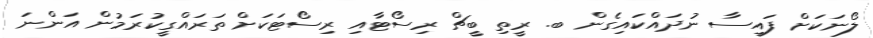
ލޯނަކަށް ފައިސާ ނުދައްކައިގެން ބ. ރީތި ބީޗް ރިސޯޓާއި ރިސޯޓަކަށް ތަރައްގީކުރަމުން އަންނަ